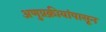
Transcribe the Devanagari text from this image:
अणुप्रक्रीयांपासून